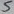
Text: 5